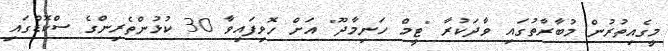
މީގެއިތުރުން މުބާރާތުގައި ވާދަކުރާ "ޓީމް ހަނިމާދޫ" އަށް ހޮވިފައިވާ 30 ކުޅުންތެރިންގެ ސްކޮޑްގައި